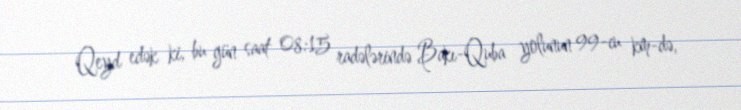
Qeyd edək ki, bu gün saat 08:15 radələrində Bakı-Quba yolunun 99-cu km-də,